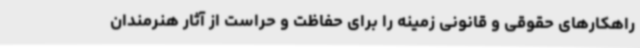
راهکارهای حقوقی و قانونی زمینه را برای حفاظت و حراست از آثار هنرمندان